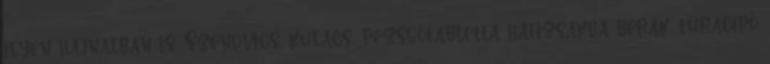
ilyen hajnalban is. Szendvics, kulacs, pezsgőtabletta hátizsákba berak, túracipő